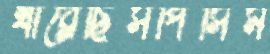
খাব্‌লেছিসপিসিম